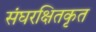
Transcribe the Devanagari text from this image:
संघरक्षितकृत